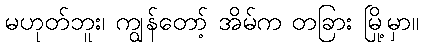
မဟုတ်ဘူး၊ ကျွန်တော့် အိမ်က တခြား မြို့မှာ။